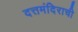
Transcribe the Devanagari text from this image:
दत्तमंदिराची